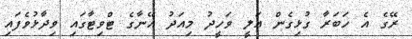
ރޭގެ އެ ހަބަރާ ގުޅިގެން އަލީ ވަހީދު މިއަދު އޭނާގެ ޓްވިޓާގައި ވިދާޅުވެފައި